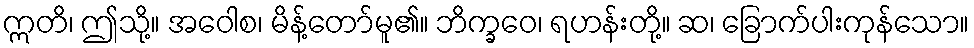
ဣတိ၊ ဤသို့။ အဝေါစ၊ မိန့်တော်မူ၏။ ဘိက္ခဝေ၊ ရဟန်းတို့။ ဆ၊ ခြောက်ပါးကုန်သော။